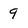
Character: 9